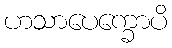
ဟသာပေက္ခောပိ